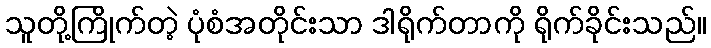
သူတို့ကြိုက်တဲ့ ပုံစံအတိုင်းသာ ဒါရိုက်တာကို ရိုက်ခိုင်းသည်။